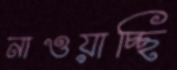
নাওয়াচ্ছি